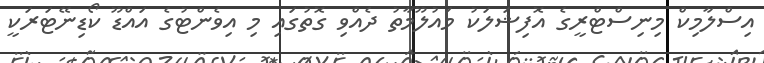
އިސްލާމިކް މިނިސްޓްރީގެ އޮފިޝަލަކު މައުލޫމާތު ދެއްވި ގޮތުގައި މި އިވެންޓުގެ އައްޑޫ ކޯޑިނޭޓަރަކީ